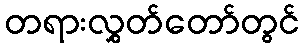
တရားလွှတ်တော်တွင်